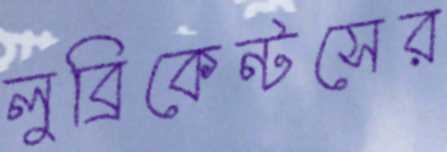
লুব্রিকেন্টসের